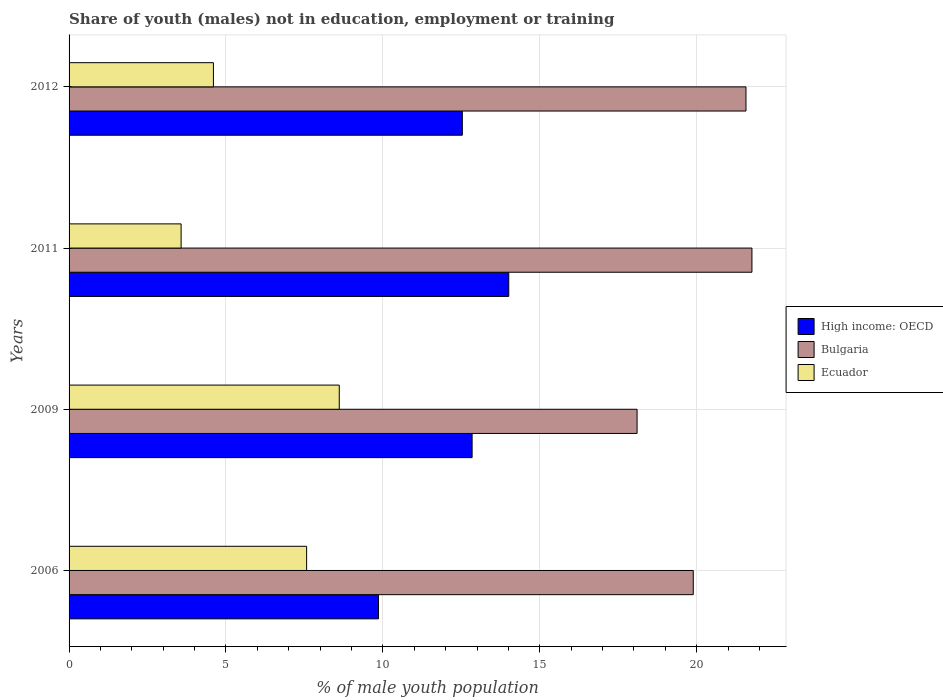
| Years | High income: OECD | Bulgaria | Ecuador |
 | --- | --- | --- | --- |
 | 2006 | 9.86 | 19.9 | 7.57 |
 | 2009 | 12.8 | 18.1 | 8.61 |
 | 2011 | 14 | 21.8 | 3.57 |
 | 2012 | 12.5 | 21.6 | 4.6 |